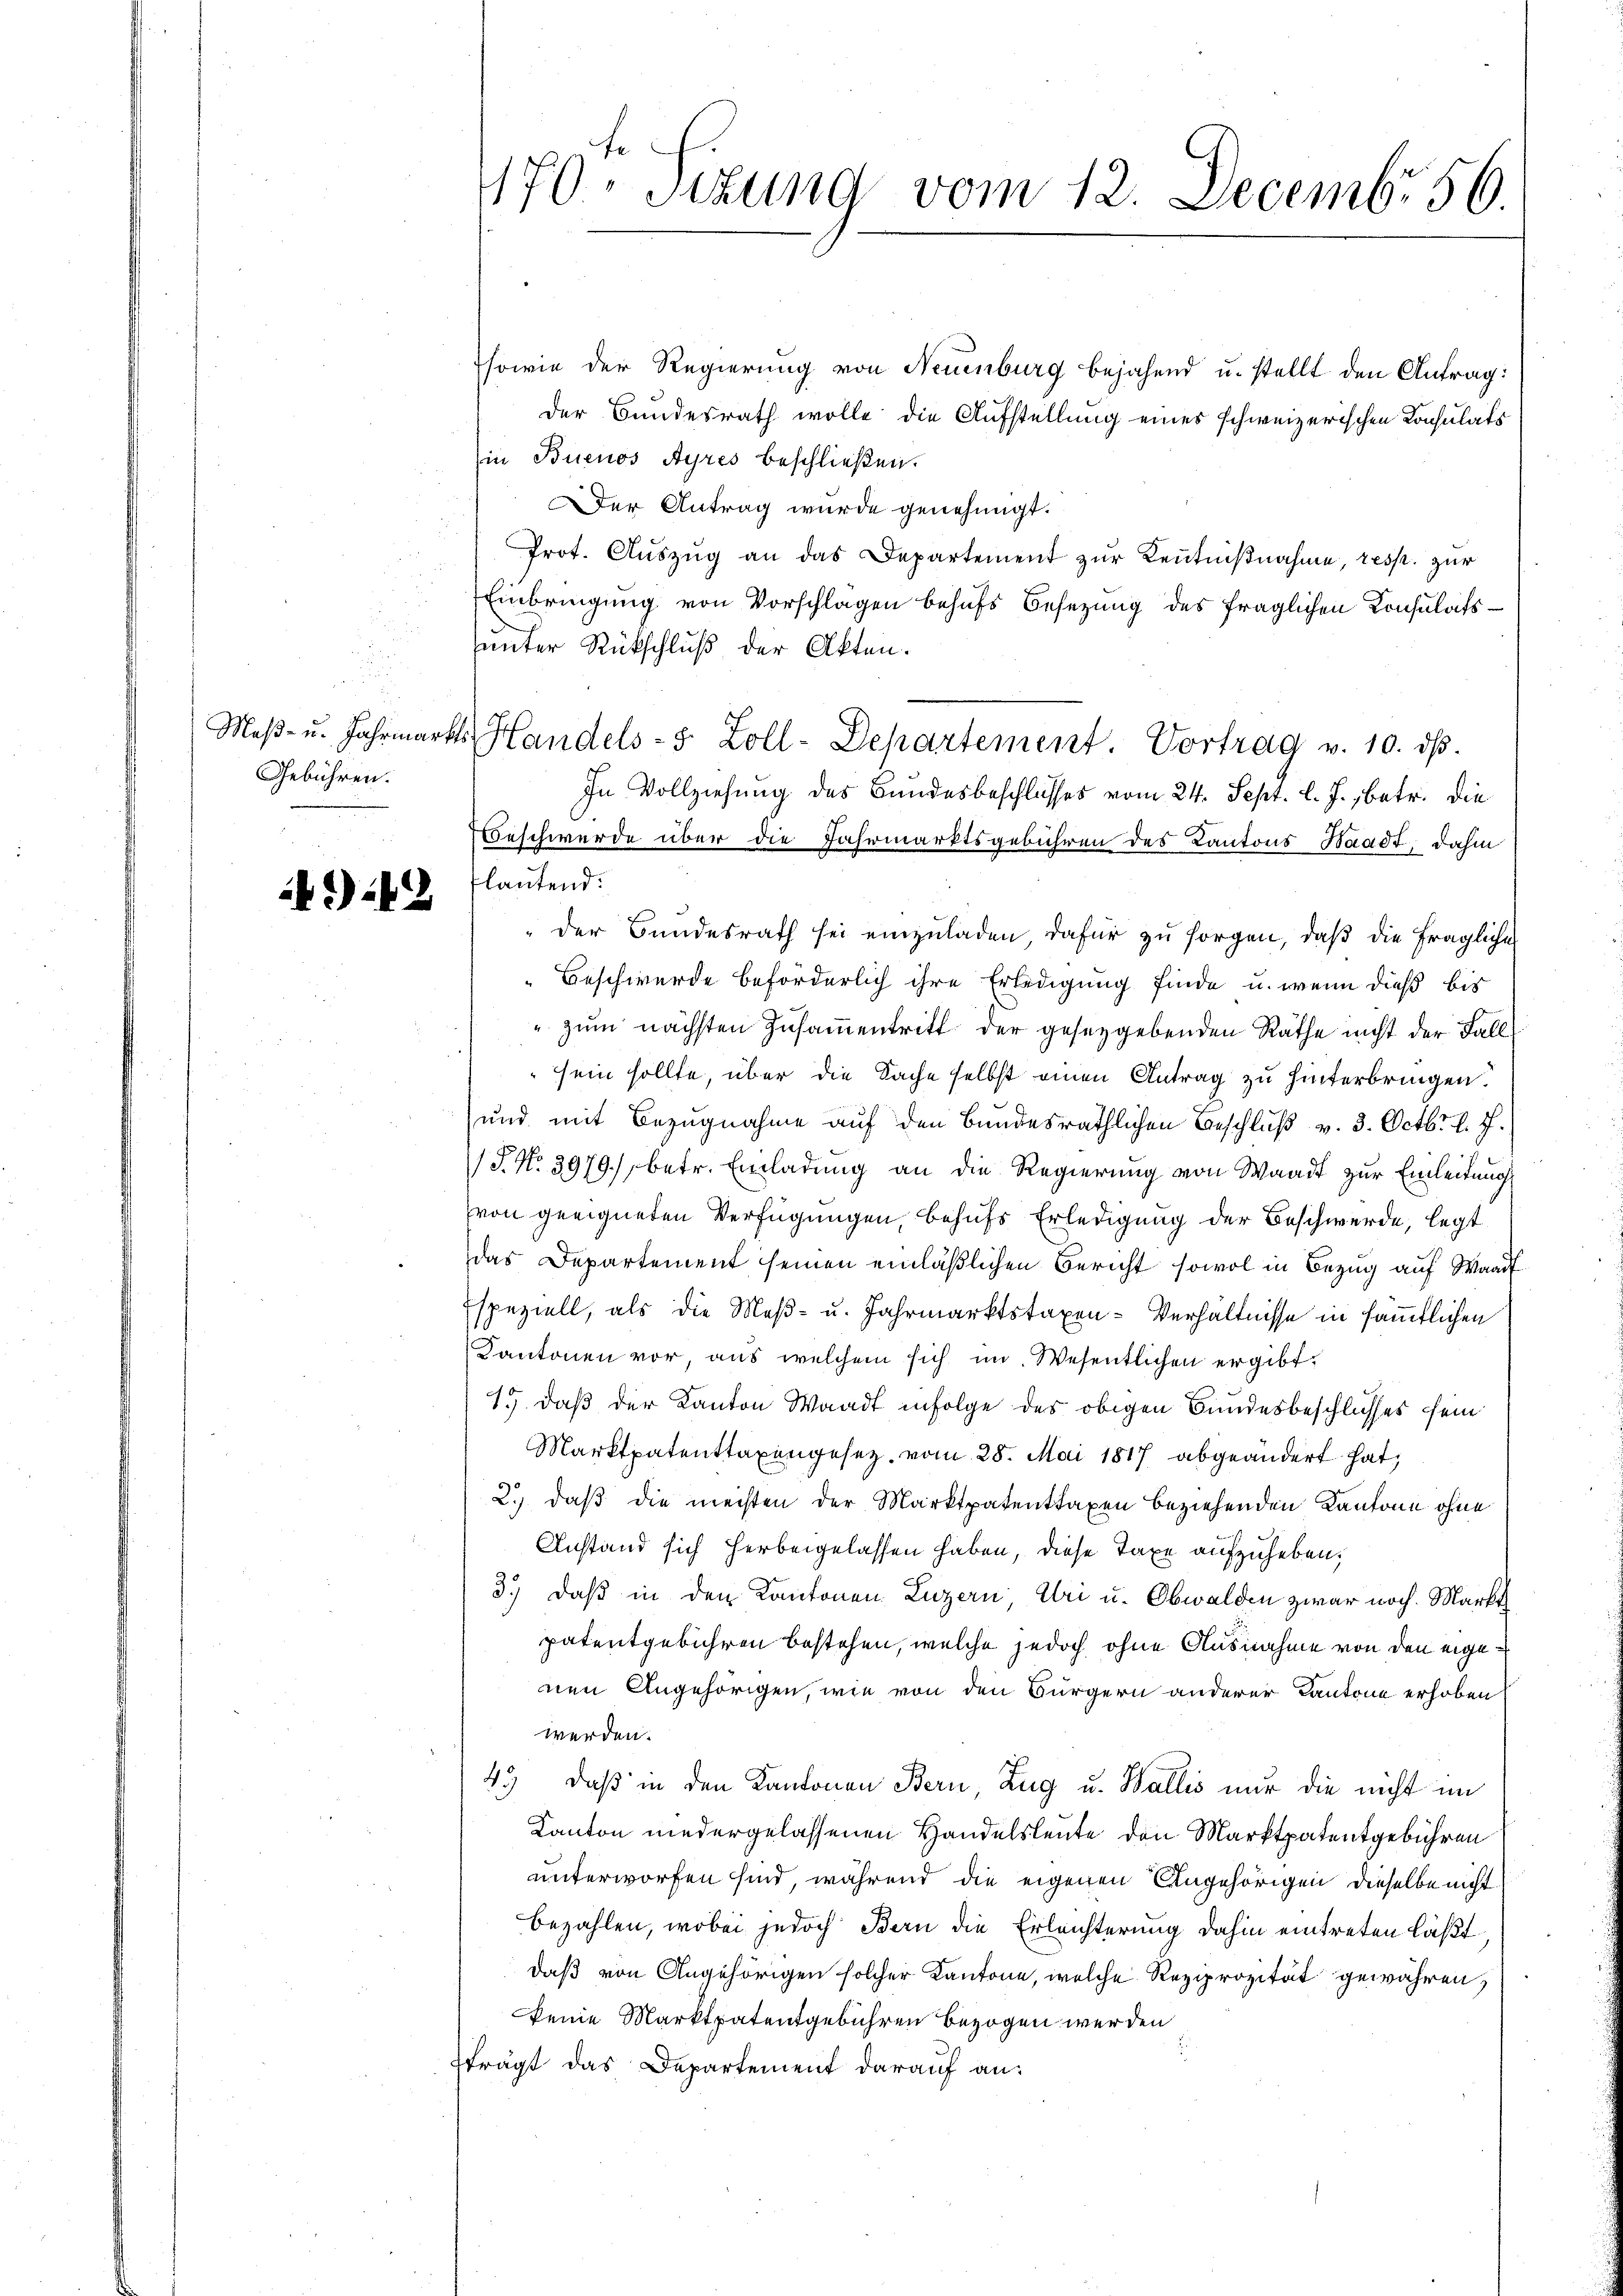
Maß- u. Jahrmärt
Gebühren.

142

170. Situng vom 12. Decembr 56.

sowie der Regierung von Neuenburg bejahend u. stellt den Antrag:
der Bundesrath wolle die Aufstellung eines schweizerischen Konsulats
Ein Buenos Ayres beschließen.
Der Antrag wurde genehmigt.
Prot. Auszug an das Departement zur Kenntnißnahme, resp. zur
Einbringung von Vorschlagen behufs Besetzung des fraglichen Konsulatsunter Rückschluß der Akten.
b Handels- 5 Zoll-Departement Vortrag v. 10. ds.
In Vollziehung des Bundesbeschlusses vom 24. Sept. l. J. betr. die
Beschwerde über die Jahrmarktsgebühren des Kantons Waadt, dahin
„der Bundesrath sei einzuladen dafür zu sorgen, daß die fragliche
Beschwerde beförderlich ihre Erledigung finde u. wenn dieß bis
" zum nächsten Zusammentritt der gesetzgebenden Räthe nicht der Fall
sein sollte, über die Sache selbst einen Antrag zu hinterbringen
und mit Bezugnahme auf den Bundesräthlichen Beschluß v. 3. Octbr. l. J.
f
/3. No. 3979), betr. Einladung an die Regierung von Waadt zur Einleitung
von geeigneten Verfügungen, behufs Erledigung der Beschwerde, legt
das Departement seinen einläßlichen Bericht sowol in Bezug auf Waadt
Espeziell, als die Meß- u. Jahrmarktstaxen-Verhältnisse in sämmtlichen
Kantonen vor aus welchem sich im Wesentlichen ergibt,
1.) Daß der Kanton Waadt infolge des obigen Bundesbeschlusses sein
Marktpatenttaxengesez vom 28. Mai 1817 abgeändert hat,
2.) daß die meisten der Marktpatenttaxen beziehenden Kantone ohne
Anstand sich herbeigelassen haben, diese Taxe aufzuheben.
3.) Daß in den Kantonen Luzern Uri u. Obwalden zwar noch. Markt
patentgebühren bestehen, welche jedoch ohne Ausnahme von den eigenen Angehörigen, wie von den Bürgern anderer Kantone erhoben
werden.
45) daß in den Kantonen Bern, Zug u. Wallis nur die nicht im
Kanton niedergelassenen Handelsleute den Marktpatentgebühren
unterworfen sind, während die eigenen Angehörigen dieselbe nicht
bezahlen, wobei jedoch Bern die Erleichterung dahin eintreten läßt.
daß von Angehörigen solcher Kantone, welche Reziprozität gewähren,
keine Marktpatentgebühren bezogen werden
fträgt das Departement darauf an:

flautend: